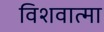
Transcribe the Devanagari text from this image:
विशवात्मा